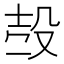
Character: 𣪊